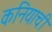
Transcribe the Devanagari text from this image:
कनियाची